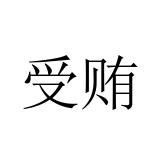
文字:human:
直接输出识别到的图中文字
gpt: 受贿